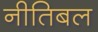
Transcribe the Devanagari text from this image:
नीतिबल